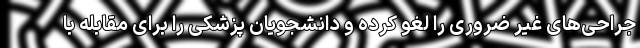
جراحی‌های غیر ضروری را لغو کرده و دانشجویان پزشکی را برای مقابله با